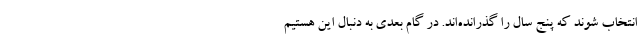
انتخاب شوند که پنج سال را گذرانده‌اند. در گام بعدی به دنبال این هستیم